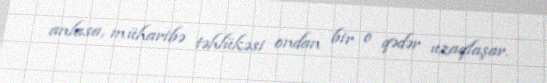
anlasa, müharibə təhlükəsi ondan bir o qədər uzaqlaşar.